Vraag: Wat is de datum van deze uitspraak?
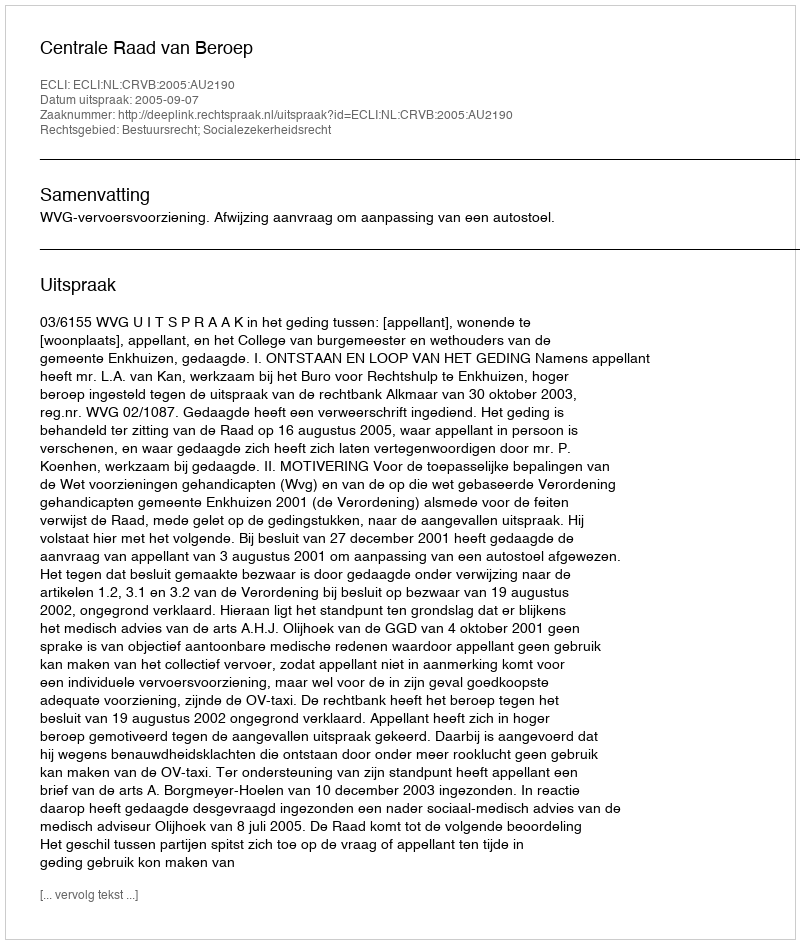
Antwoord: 2005-09-07